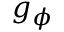
g _ { \phi }